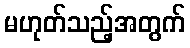
မဟုတ်သည့်အတွက်